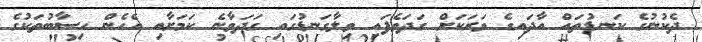
ދެކުނުގެ ކަނޑުތައް އާދައިގެ ވަރަކަށް ގަދަވެފައި ވިލާގަނޑުގައި ގަދަވާނެ ކަމަށާއި އެހެން ހިސާބުތަކުގެ